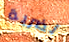
لضربة